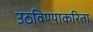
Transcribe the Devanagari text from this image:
उठविण्याकरिता